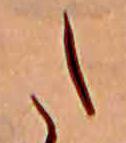
た